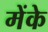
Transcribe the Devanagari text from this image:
मेंके